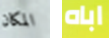
المكان اباه